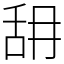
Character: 䑙